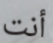
أنت